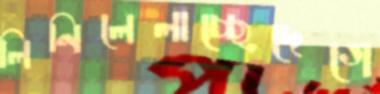
লিনিলেলাচ্ছেদেগে